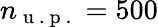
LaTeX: n_{\mathrm{~u~.~p~.~}}=500